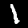
Label: 1